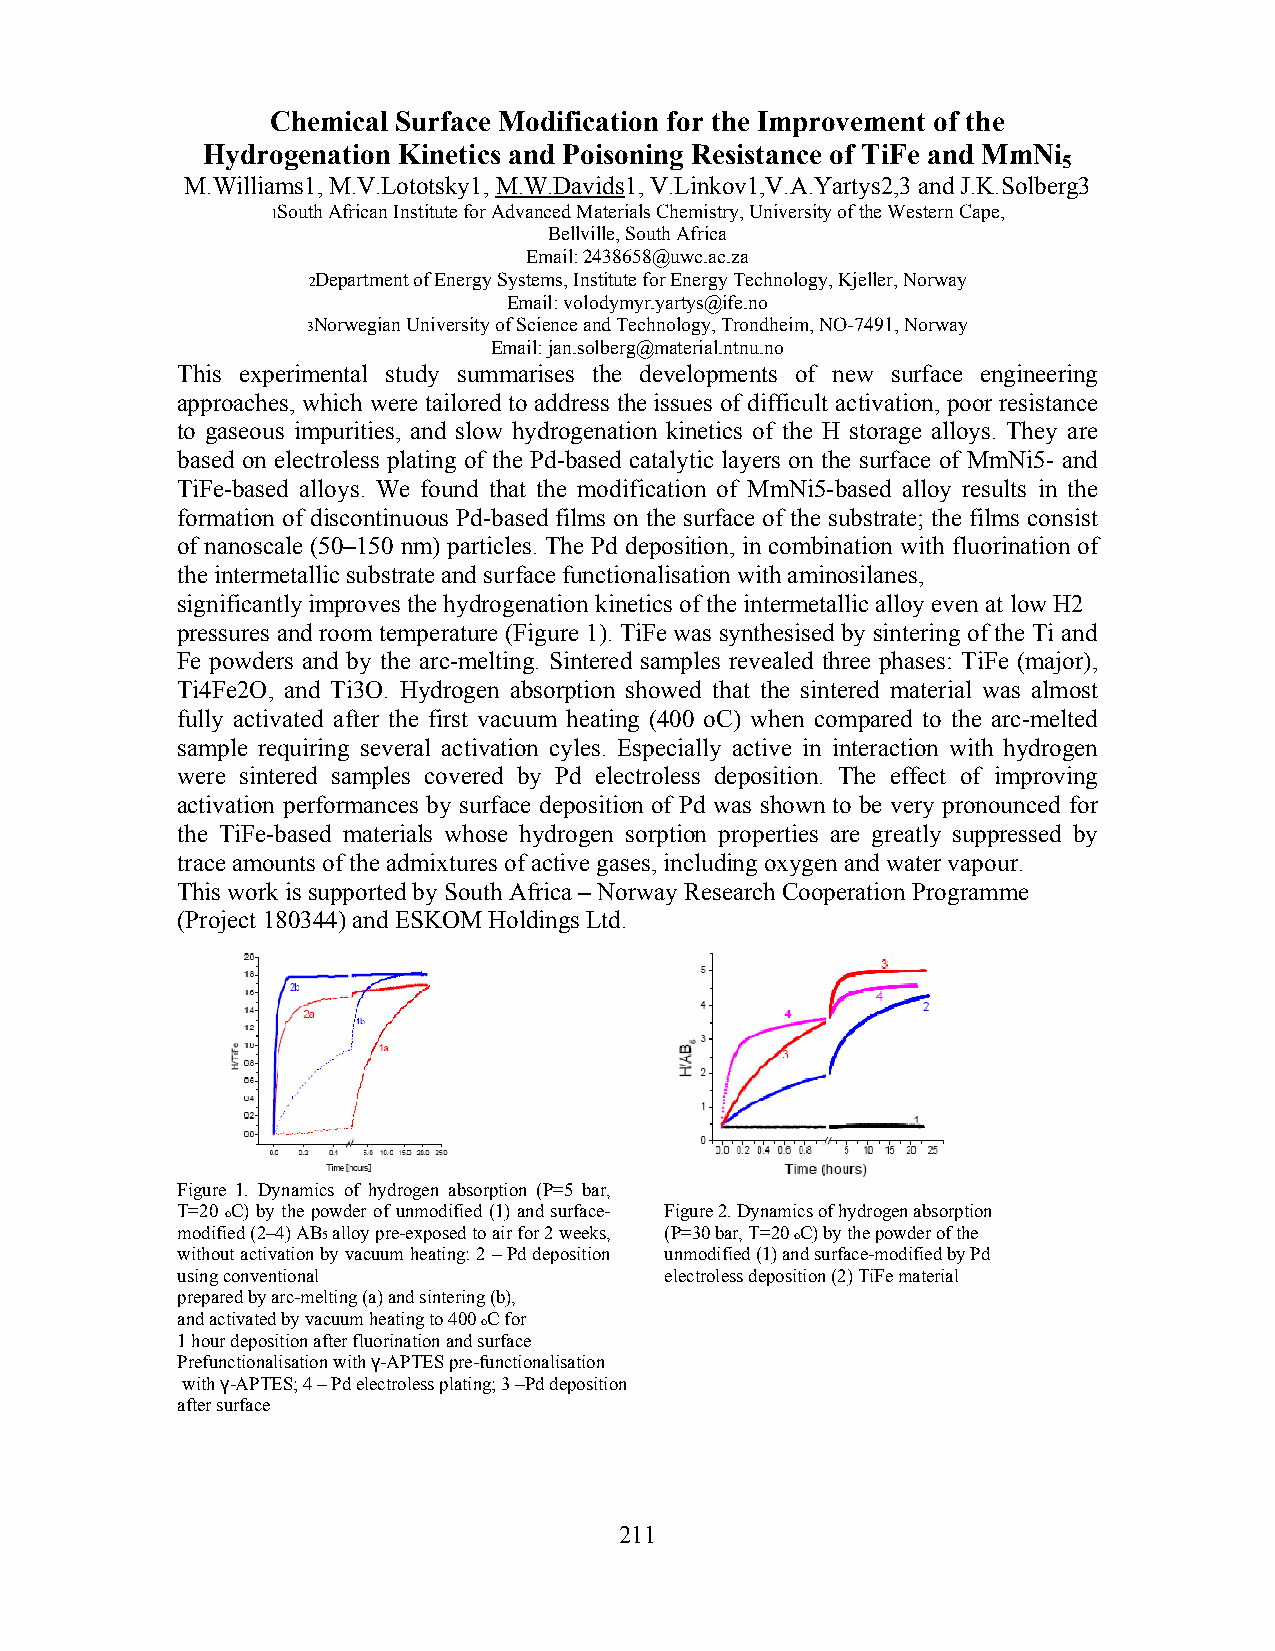
Chemical Surface Modification for the Improvement of the
 Hydrogenation Kinetics and Poisoning Resistance of TiFe and MmNi
 5
 M.Williams1, M.V.Lototsky1, M.W.Davids1, V.Linkov1,V.A.Yartys2,3 and J.K.Solberg3
 1South African Institute for Advanced Materials Chemistry, University of the Western Cape,
 Bellville, South Africa
 Email: 2438658@uwc.ac.za
 2Department of Energy Systems, Institute for Energy Technology, Kjeller, Norway
 Email: volodymyr.yartys@ife.no
 3Norwegian University of Science and Technology, Trondheim, NO-7491, Norway
 Email: jan.solberg@material.ntnu.no
 This experimental study summarises the developments of new surface engineering
 approaches, which were tailored to address the issues of difficult activation, poor resistance
 to gaseous impurities, and slow hydrogenation kinetics of the H storage alloys. They are
 based on electroless plating of the Pd-based catalytic layers on the surface of MmNi5- and
 TiFe-based alloys. We found that the modification of MmNi5-based alloy results in the
 formation of discontinuous Pd-based films on the surface of the substrate; the films consist
 of nanoscale (50–150 nm) particles. The Pd deposition, in combination with fluorination of
 the intermetallic substrate and surface functionalisation with aminosilanes,
 significantly improves the hydrogenation kinetics of the intermetallic alloy even at low H2
 pressures and room temperature (Figure 1). TiFe was synthesised by sintering of the Ti and
 Fe powders and by the arc-melting. Sintered samples revealed three phases: TiFe (major),
 Ti4Fe2O, and Ti3O. Hydrogen absorption showed that the sintered material was almost
 fully activated after the first vacuum heating (400 oC) when compared to the arc-melted
 sample requiring several activation cyles. Especially active in interaction with hydrogen
 were sintered samples covered by Pd electroless deposition. The effect of improving
 activation performances by surface deposition of Pd was shown to be very pronounced for
 the TiFe-based materials whose hydrogen sorption properties are greatly suppressed by
 trace amounts of the admixtures of active gases, including oxygen and water vapour.
 This work is supported by South Africa – Norway Research Cooperation Programme
 (Project 180344) and ESKOM Holdings Ltd.
 Figure 1. Dynamics of hydrogen absorption (P=5 bar,
 T=20 oC) by the powder of unmodified (1) and surface- Figure 2. Dynamics of hydrogen absorption
 modified (2–4) AB5 alloy pre-exposed to air for 2 weeks, (P=30 bar, T=20 oC) by the powder of the
 without activation by vacuum heating: 2 – Pd deposition unmodified (1) and surface-modified by Pd
 using conventional              electroless deposition (2) TiFe material
 prepared by arc-melting (a) and sintering (b),
 and activated by vacuum heating to 400 oC for
 1 hour deposition after fluorination and surface
 Prefunctionalisation with γ-APTES pre-functionalisation
 with γ-APTES; 4 – Pd electroless plating; 3 –Pd deposition
 after surface
 211